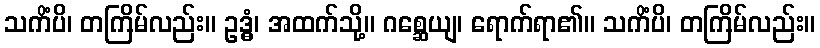
သကိံပိ၊ တကြိမ်လည်း။ ဥဒ္ဓံ၊ အထက်သို့။ ဂစ္ဆေယျ၊ ရောက်ရာ၏။ သကိံပိ၊ တကြိမ်လည်း။